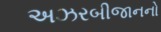
અઝરબીજાનનો